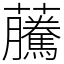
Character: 虅